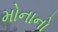
મોનાનો